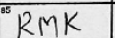
Transcription: RMK